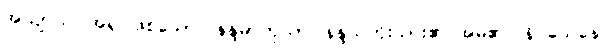
အယျာယ၊ အရှင်ဖြစ်သော။ နန္ဒမာတုယာ၊ နန္ဒသတိုးသား၏ အမိ၏။ နိဝသေနေ၊